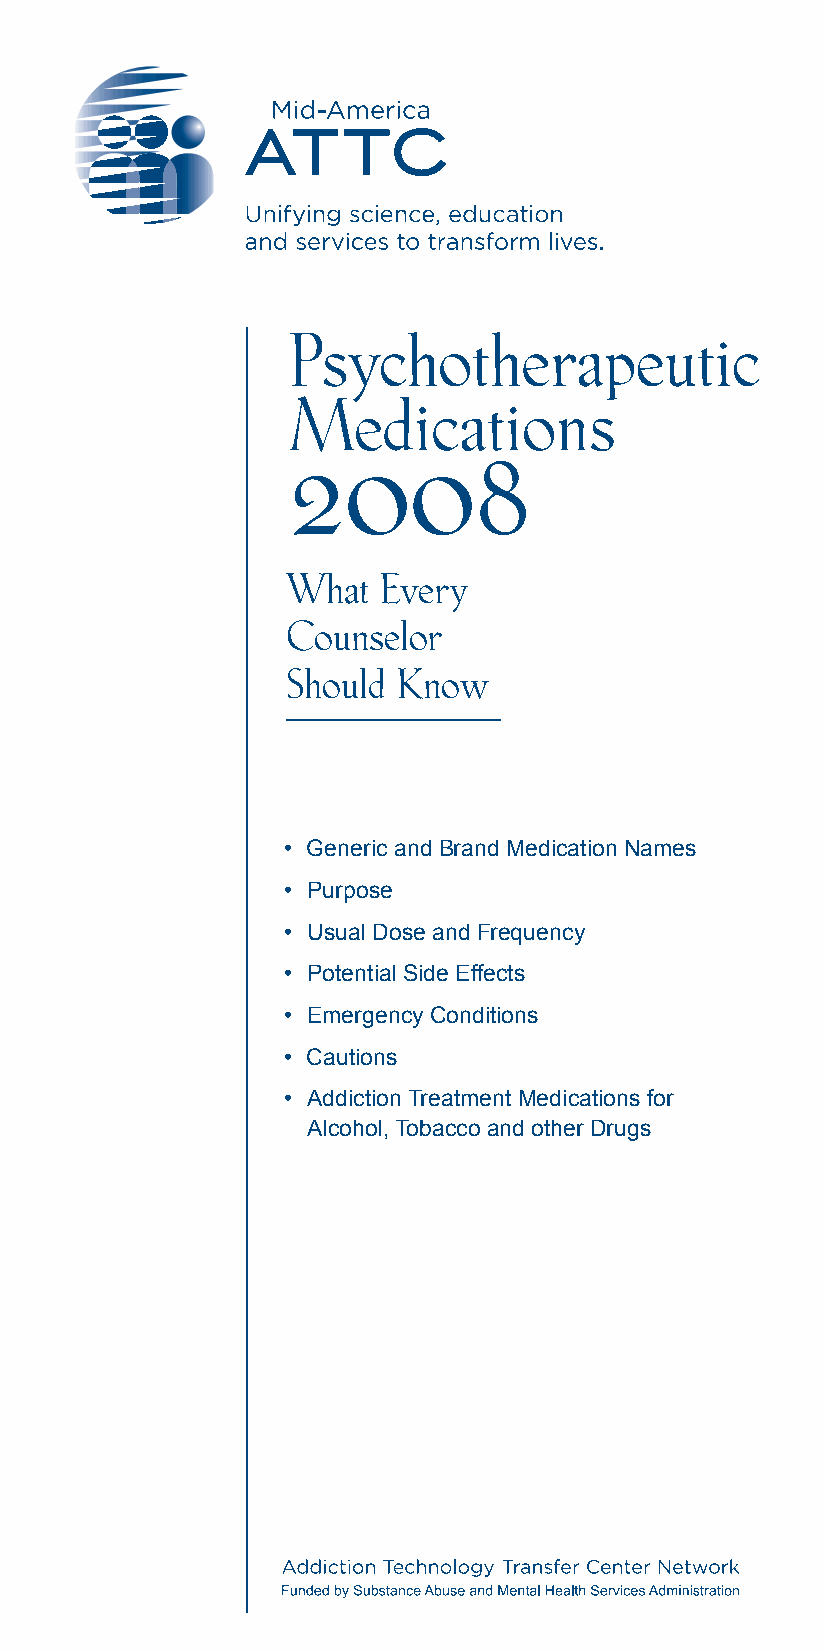
Psychotherapeutic
 Medications
 2008
 What  Every
 Counselor
 Should Know
 • Generic and Brand Medication Names
 • Purpose
 • Usual Dose and Frequency
 • Potential Side Effects
 • Emergency Conditions
 • Cautions
 • Addiction Treatment Medications for
 Alcohol, Tobacco and other Drugs